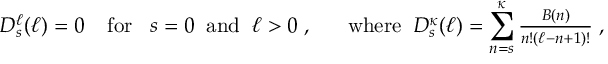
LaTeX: D _ { s } ^ { \ell } ( \ell ) = 0 \; \; \; \; \mathrm { f o r } \; \; \; s = 0 \; \; \mathrm { a n d } \; \; \ell > 0 \; , \; \; \; \; \; \; \mathrm { w h e r e } \; \; D _ { s } ^ { \kappa } ( \ell ) = \sum _ { n = s } ^ { \kappa } { \textstyle \frac { B ( n ) } { n ! ( { \ell } - n + 1 ) ! } } \; ,